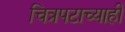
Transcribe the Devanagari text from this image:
चित्रपटाच्याही